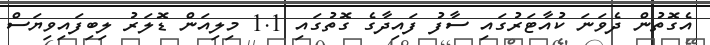
އެގޮތުން ދެވަނަ ކުއާޓަރުގައި ސާފު ފައިދާގެ ގޮތުގައި 1.1 މިލިއަން ޑޮލަރު ލިބިފައިވިޔަސް